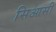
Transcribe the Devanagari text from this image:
सिआसी